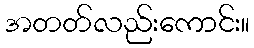
အတတ်လည်းကောင်း။